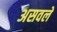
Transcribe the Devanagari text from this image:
असवले